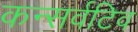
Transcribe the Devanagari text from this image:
कन्सर्वटिव